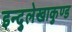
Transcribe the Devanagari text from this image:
इन्दुलेखाकुण्ड